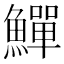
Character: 鱓